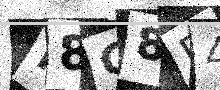
Text: P8G8F4